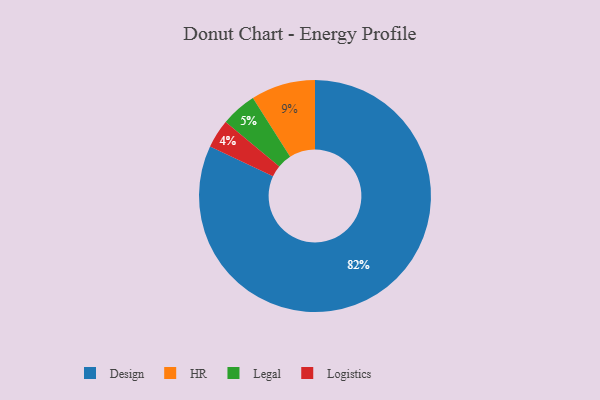
{"axis": {"x": "Category", "y": "Percentage"}, "legend": ["Design", "HR", "Legal", "Logistics"], "data": [{"x": "HR", "y": 9, "type": "HR"}, {"x": "Legal", "y": 5, "type": "Legal"}, {"x": "Logistics", "y": 4, "type": "Logistics"}, {"x": "Design", "y": 82, "type": "Design"}]}